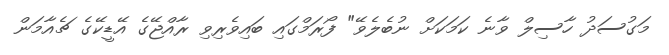
މަގުސަދު ހާސިލް ވާނެ ކަމަކަށް ނުބެލެވޭ" ފޯރަމްގައި ބައިވެރިވި ރާއްޖޭގެ އޭޑީކޭގެ ޗެއާމަން